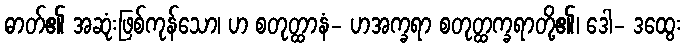
ဓာတ်၏ အဆုံးဖြစ်ကုန်သော၊ ဟ စတုတ္ထာနံ- ဟအက္ခရာ စတုတ္ထက္ခရာတို့၏၊ ဒေါ- ဒထွေး